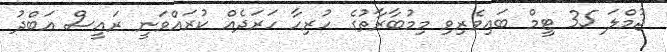
ޖުމްލަ 35 ޓީމް ބައިވެރިވި މިމުބާރާތުގެ ހުރިހާ ހަރަދެއް ކުރައްވަނީ ރައީސް އަބްދު